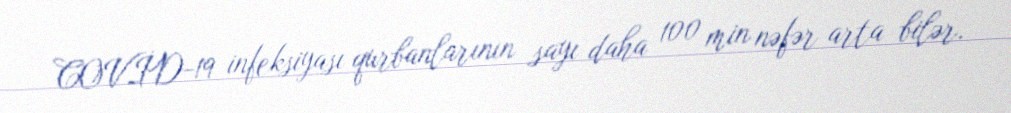
COVİD-19 infeksiyası qurbanlarının sayı daha 100 min nəfər arta bilər.